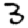
Digit: 3